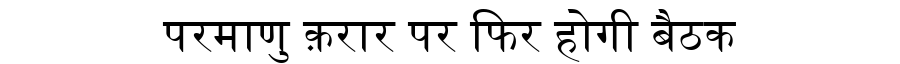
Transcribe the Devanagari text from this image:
परमाणु क़रार पर फिर होगी बैठक